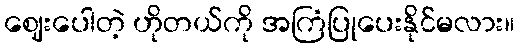
ဈေးပေါတဲ့ ဟိုတယ်ကို အကြံပြုပေးနိုင်မလား။